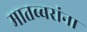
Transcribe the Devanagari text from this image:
मातब्बरांना